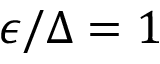
\epsilon / \Delta = 1